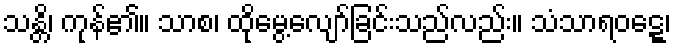
သန္တိ၊ ကုန်၏။ သာစ၊ ထိုမွေ့လျော်ခြင်းသည်လည်း။ သံသာရဝဋ္ဋေ၊